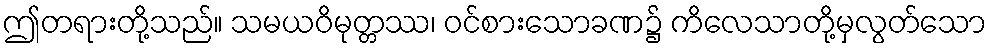
ဤတရားတို့သည်။ သမယဝိမုတ္တဿ၊ ဝင်စားသောခဏ၌ ကိလေသာတို့မှလွတ်သော